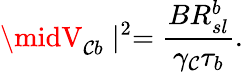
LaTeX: \midV_{\mathcal{C}b}\mid^{2}=\frac{{BR_{sl}^{b}}}{{\gamma_{\mathcal{C}}\tau_{b}}}.